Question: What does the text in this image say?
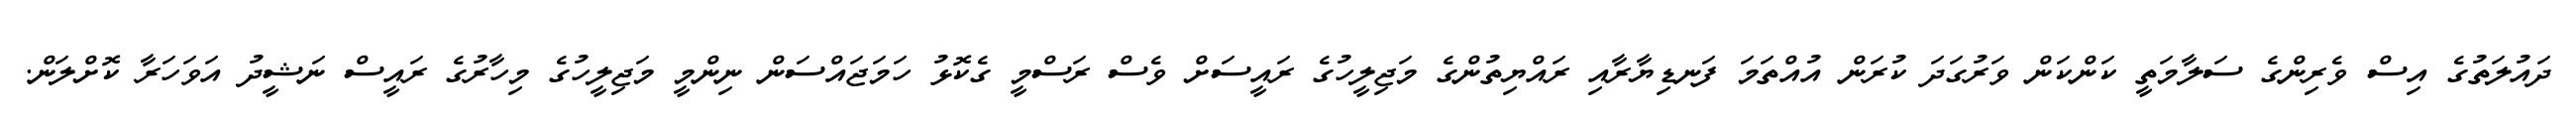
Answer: ދައުލަތުގެ އިސް ވެރިންގެ ސަލާމަތީ ކަންކަން ވަރުގަދަ ކުރަން އުއްތަމަ ފަނޑިޔާރާއި ރައްޔިތުންގެ މަޖިލީހުގެ ރައީސަށް ވެސް ރަސްމީ ގެކޮޅު ހަމަޖައްސަން ނިންމީ މަޖިލީހުގެ މިހާރުގެ ރައީސް ނަޝީދު އަވަހަރާ ކޮށްލަން.